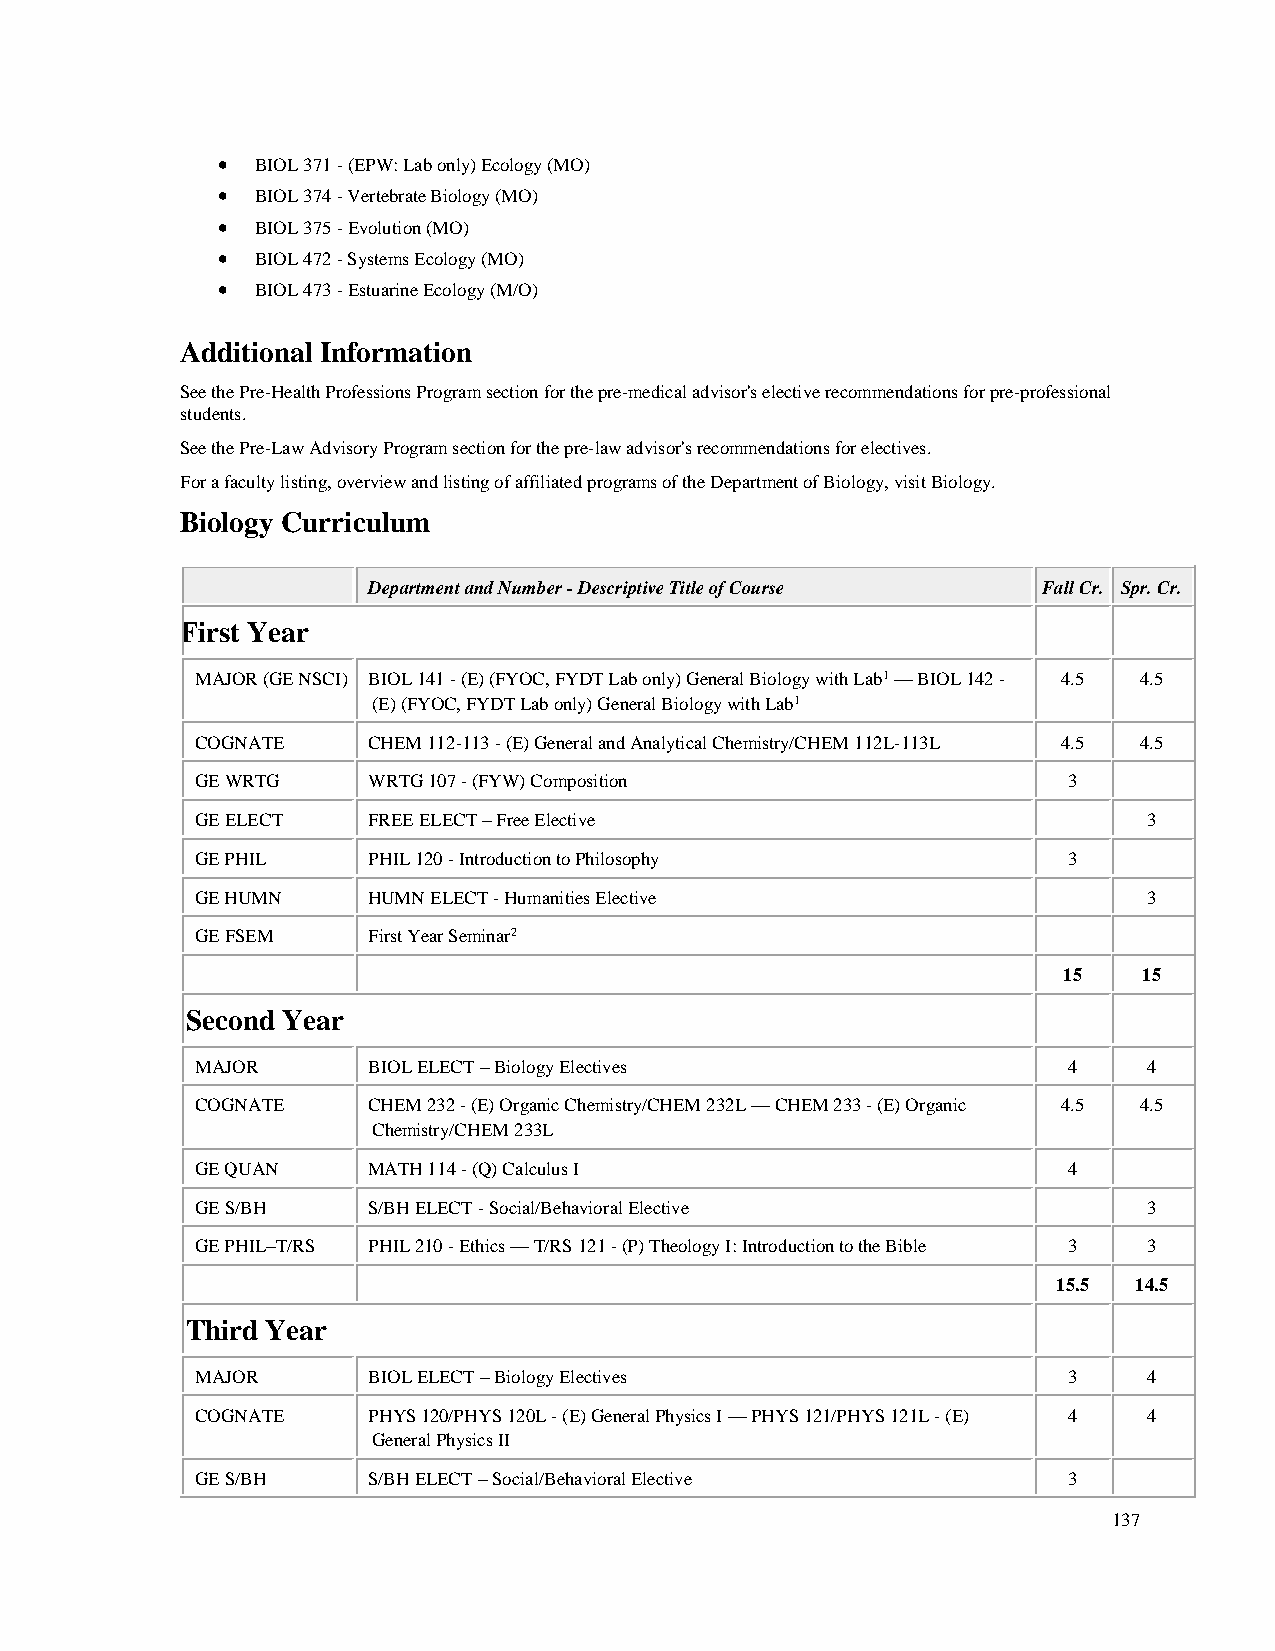
•  BIOL 371 - (EPW: Lab only) Ecology (MO)
 •  BIOL 374 - Vertebrate Biology (MO)
 •  BIOL 375 - Evolution (MO)
 •  BIOL 472 - Systems Ecology (MO)
 •  BIOL 473 - Estuarine Ecology (M/O)
 Additional Information
 See the Pre-Health Professions Program section for the pre-medical advisor's elective recommendations for pre-professional
 students.
 See the Pre-Law Advisory Program section for the pre-law advisor's recommendations for electives.
 For a faculty listing, overview and listing of affiliated programs of the Department of Biology, visit Biology.
 Biology Curriculum
 Department and Number - Descriptive Title of Course Fall Cr. Spr. Cr.
 First Year
 MAJOR (GE NSCI) BIOL 141 - (E) (FYOC, FYDT Lab only) General Biology with Lab1 — BIOL 142 - 4.5 4.5
 (E) (FYOC, FYDT Lab only) General Biology with Lab1
 COGNATE    CHEM 112-113 - (E) General and Analytical Chemistry/CHEM 112L-113L 4.5 4.5
 GE WRTG    WRTG 107 - (FYW) Composition                   3
 GE ELECT   FREE ELECT – Free Elective                          3
 GE PHIL    PHIL 120 - Introduction to Philosophy          3
 GE HUMN    HUMN ELECT - Humanities Elective                    3
 GE FSEM    First Year Seminar2
 15    15
 Second Year
 MAJOR      BIOL ELECT – Biology Electives                 4    4
 COGNATE    CHEM 232 - (E) Organic Chemistry/CHEM 232L — CHEM 233 - (E) Organic 4.5 4.5
 Chemistry/CHEM 233L
 GE QUAN    MATH 114 - (Q) Calculus I                      4
 GE S/BH    S/BH ELECT - Social/Behavioral Elective             3
 GE PHIL–T/RS PHIL 210 - Ethics — T/RS 121 - (P) Theology I: Introduction to the Bible 3 3
 15.5 14.5
 Third Year
 MAJOR      BIOL ELECT – Biology Electives                 3    4
 COGNATE    PHYS 120/PHYS 120L - (E) General Physics I — PHYS 121/PHYS 121L - (E) 4 4
 General Physics II
 GE S/BH    S/BH ELECT – Social/Behavioral Elective        3
 137